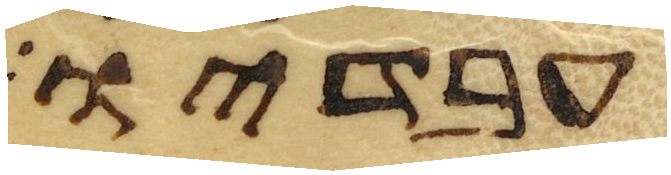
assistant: עבדיו